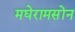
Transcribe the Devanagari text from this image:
मघेरामसोंन